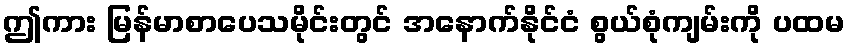
ဤကား မြန်မာစာပေသမိုင်းတွင် အနောက်နိုင်ငံ စွယ်စုံကျမ်းကို ပထမ